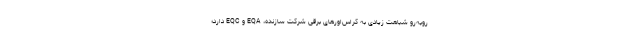
رو‌به‌رو شباهت زیادی به کراس‌اورهای برقی شرکت سازنده، EQA و EQC دارد؛